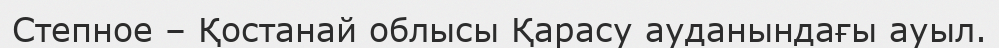
Степное – Қостанай облысы Қарасу ауданындағы ауыл.